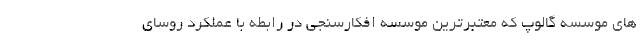
های موسسه گالوپ که معتبرترین موسسه افکارسنجی در رابطه با عملکرد روسای